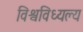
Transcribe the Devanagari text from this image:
विश्वविध्यल्य